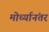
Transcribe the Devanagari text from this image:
मोर्च्यानंतर